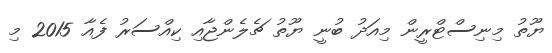
ޔޫތު މިނިސްޓްރީން މިއަދު ބުނީ ޔޫތު ޗެލެންޖާއި ކިއްސަރު ފެއާ 2015 މި